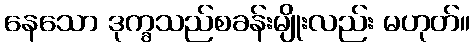
နေသော ဒုက္ခသည်စခန်းမျိုးလည်း မဟုတ်။